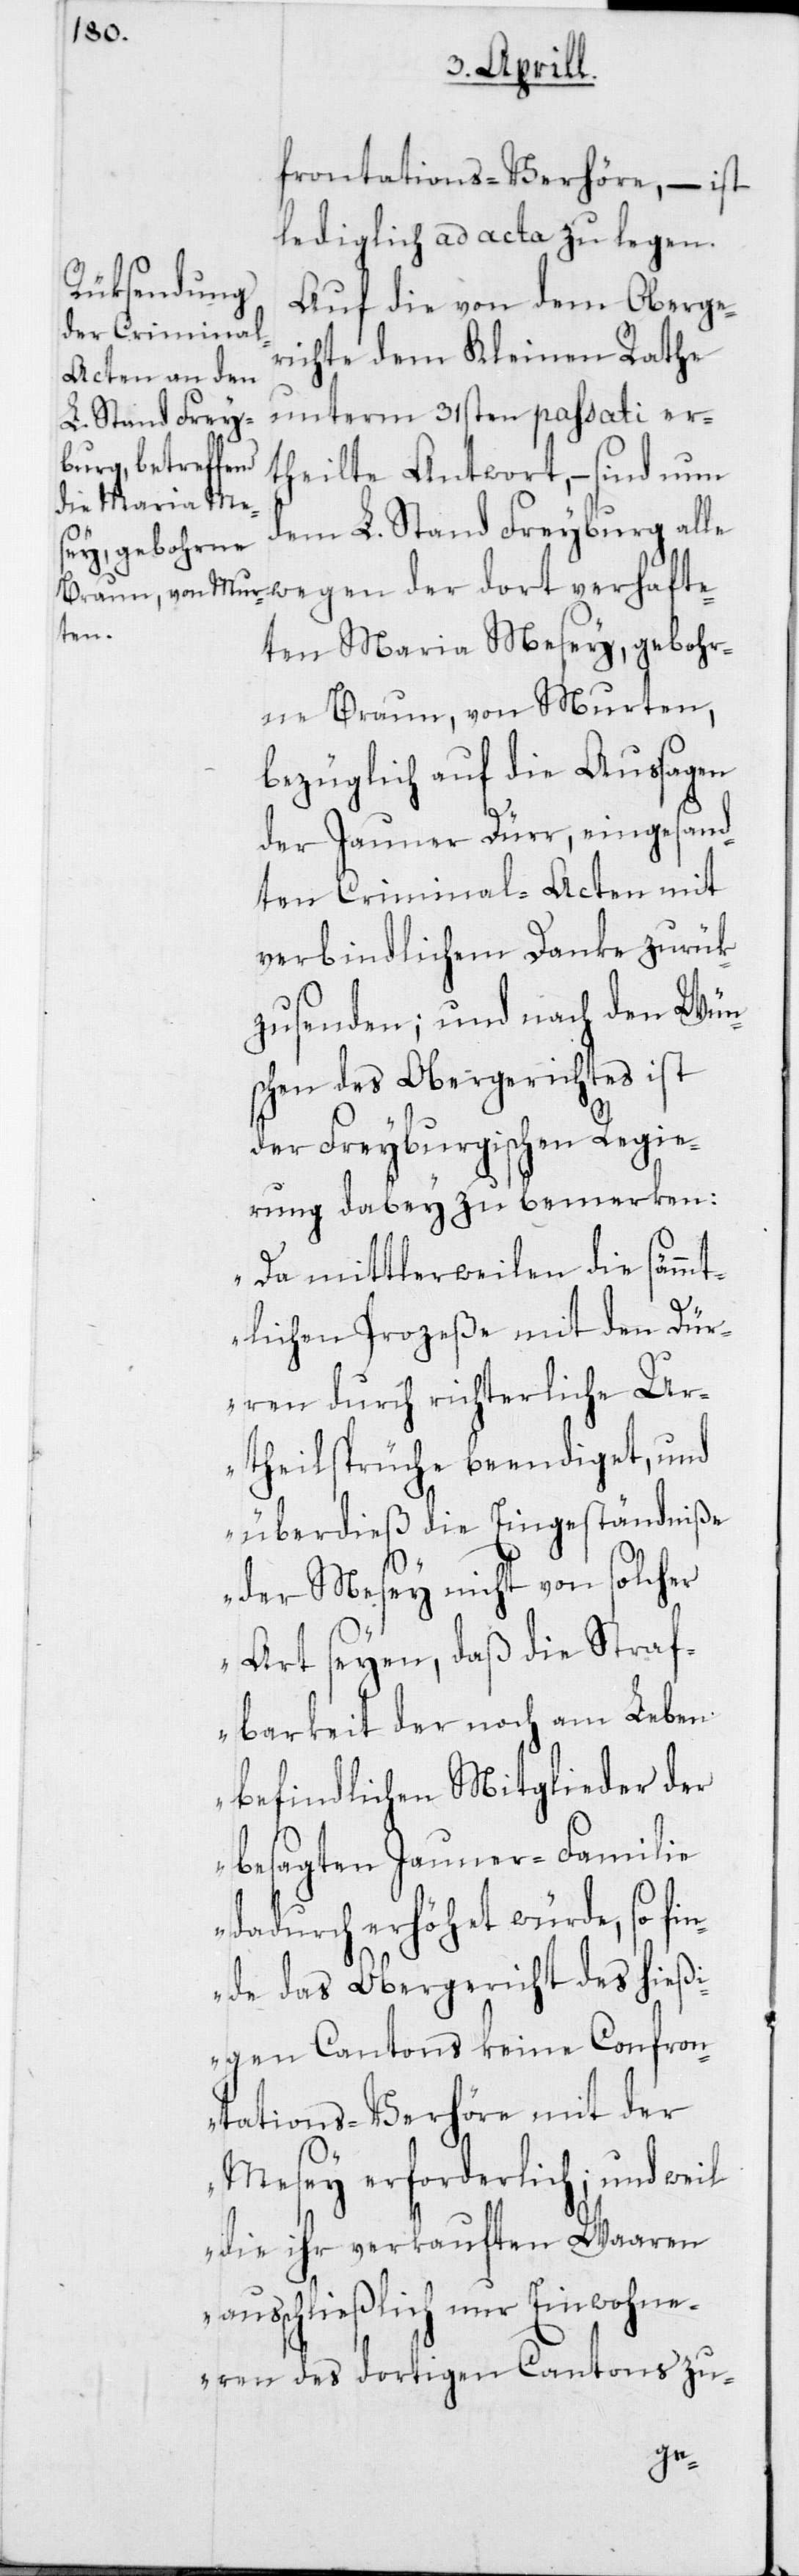
frontations-Verhöre, – ist
lediglich ad acta zu legen.
Auf die von dem Oberge¬
richte dem Kleinen Rathe
unterm 31sten passati er¬
theilte Antwort, – sind nun
dem L. Stand Freyburg alle
wegen der dort verhafte¬
ten Maria Mesey, gebohr¬
ne Braun, von Murten,
bezüglich auf die Aussagen
der Jauner Dürr, eingesand¬
ten Criminal-Acten mit
verbindlichem Dank zurük¬
zusenden; und nach den Wün¬
schen des Obergerichtes ist
der Freyburgischen Regie¬
rung dabey zu bemerken:
„Da mittlerweilen die sämmt¬
lichen Prozeße mit den Dür¬
ren durch richterliche U¬
rtheilsprüche beendiget, und
überdieß die Eingeständniße
der Mesey nicht von solcher
Art seyen, daß die Straf¬
barkeit der noch am Leben
befindlichen Mitglieder der
besagten Jauner-Familie
dadurch erhöhet würde, so fin¬
det das Obergericht des hieß¬
igen Cantons keine Confron¬
tations-Verhöre mit der
Mesey erforderlich; und weil
die ihr verkauften Waaren
ausschließlich nur Einwohne¬
ren des dortigen Cantons zu-